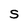
Character: S